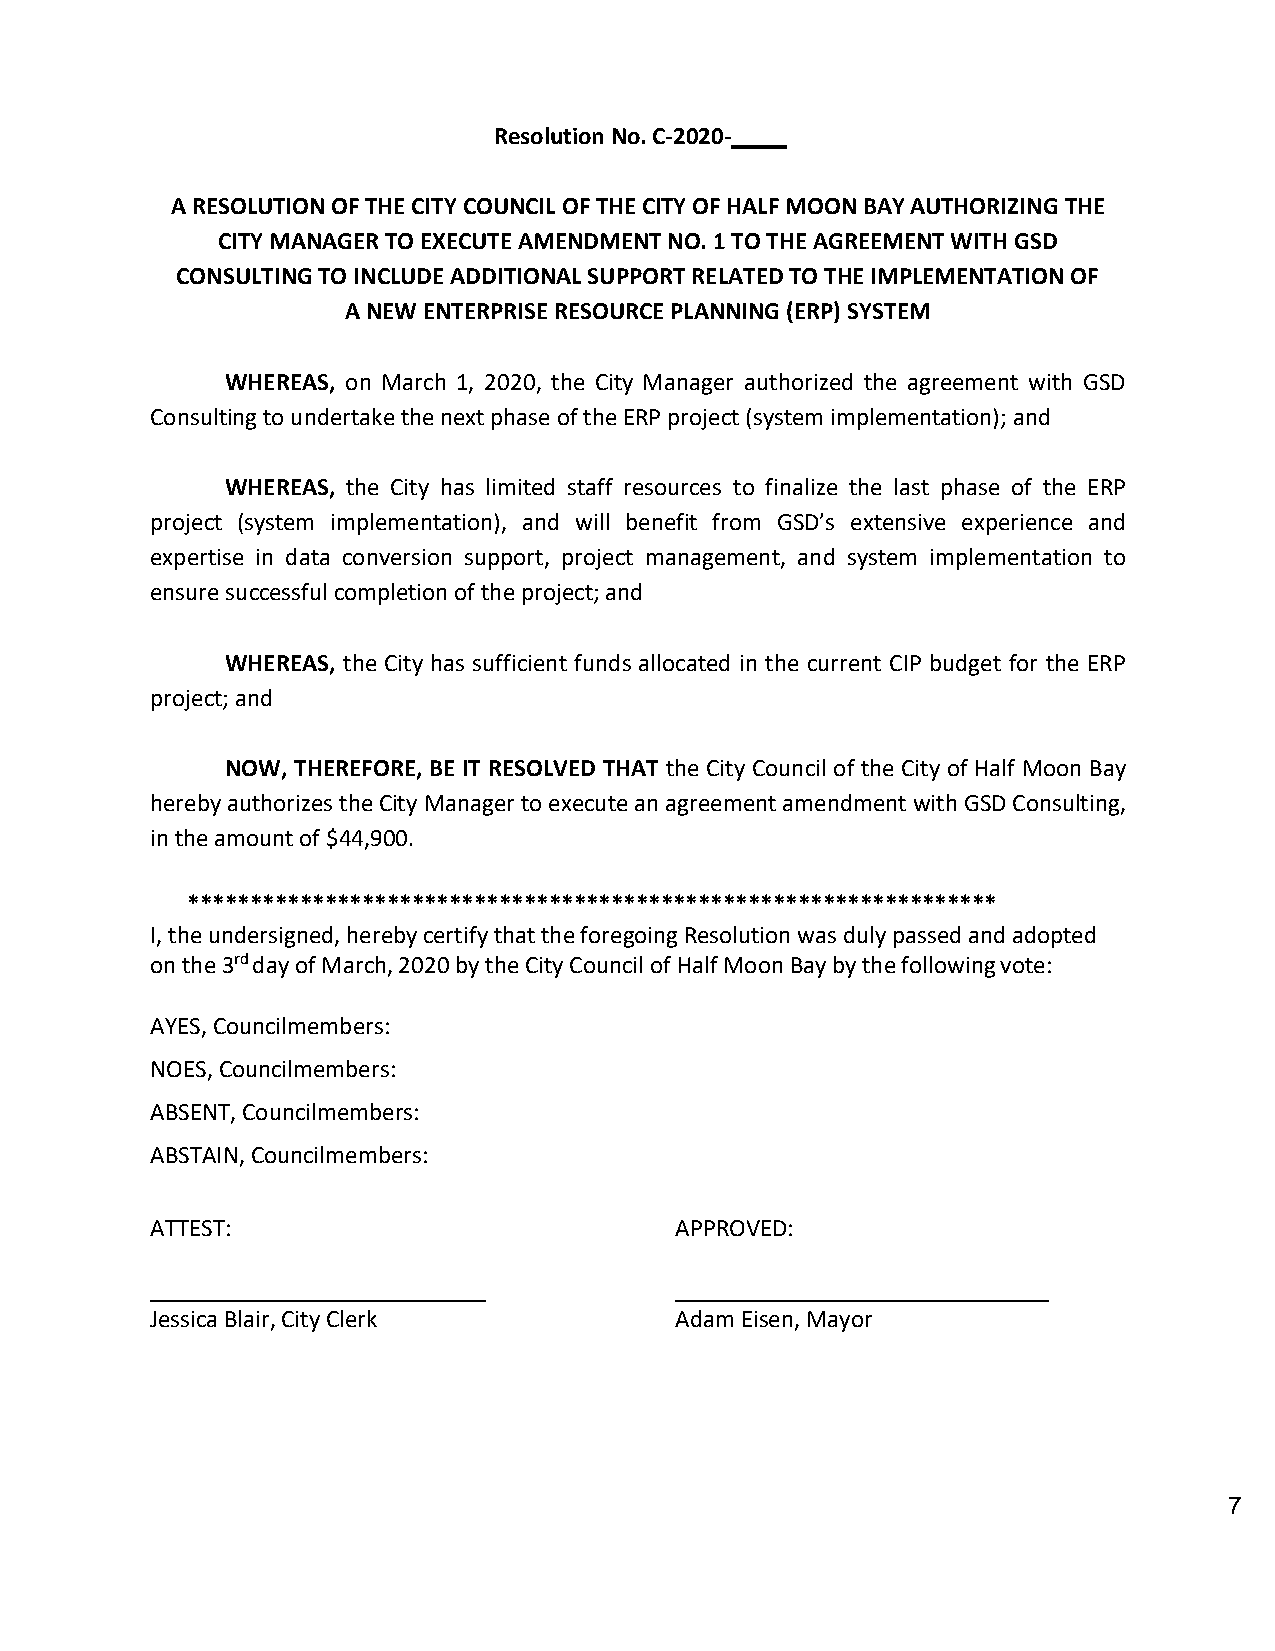
Resolution No. C-2020-
 A RESOLUTION OF THE CITY COUNCIL OF THE CITY OF HALF MOON BAY AUTHORIZING THE
 CITY MANAGER TO EXECUTE AMENDMENT NO. 1 TO THE AGREEMENT WITH GSD
 CONSULTING TO INCLUDE ADDITIONAL SUPPORT RELATED TO THE IMPLEMENTATION OF
 A NEW ENTERPRISE RESOURCE PLANNING (ERP) SYSTEM
 WHEREAS, on March 1, 2020, the City Manager authorized the agreement with GSD
 Consulting to undertake the next phase of the ERP project (system implementation); and
 WHEREAS, the City has limited staff resources to finalize the last phase of the ERP
 project (system implementation), and will benefit from GSD’s extensive experience and
 expertise in data conversion support, project management, and system implementation to
 ensure successful completion of the project; and
 WHEREAS, the City has sufficient funds allocated in the current CIP budget for the ERP
 project; and
 NOW, THEREFORE, BE IT RESOLVED THAT the City Council of the City of Half Moon Bay
 hereby authorizes the City Manager to execute an agreement amendment with GSD Consulting,
 in the amount of $44,900.
 *****************************************************************
 I, the undersigned, hereby certify that the foregoing Resolution was duly passed and adopted
 on the 3rd day of March, 2020 by the City Council of Half Moon Bay by the following vote:
 AYES, Councilmembers:
 NOES, Councilmembers:
 ABSENT, Councilmembers:
 ABSTAIN, Councilmembers:
 ATTEST:                            APPROVED:
 Jessica Blair, City Clerk          Adam Eisen, Mayor
 7